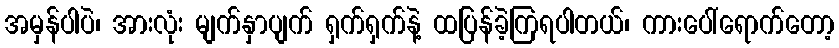
အမှန်ပါပဲ၊ အားလုံး မျက်နှာပျက် ရှက်ရှက်နဲ့ ထပြန်ခဲ့ကြရပါတယ်၊ ကားပေါ်ရောက်တော့